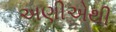
અણીએથી